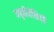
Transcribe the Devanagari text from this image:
अपृष्ठीवंशियों